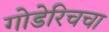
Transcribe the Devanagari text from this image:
गोडेरिचचा